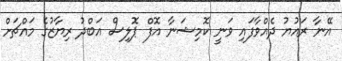
އޭނާ ރައުޔު ދެއްވާފައި ވަނީ ކޮމިޝަނާ އޮފް ޕޮލިސް އަބްދު ރިޔާޒުގެ މައްޗަށް